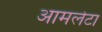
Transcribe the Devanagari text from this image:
आमलेटा